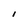
Character: I